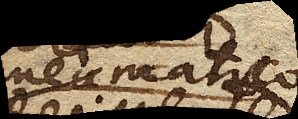
Pneumatico